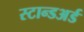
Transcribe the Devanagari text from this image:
स्टान्डअर्ड